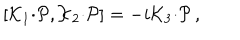
LaTeX: [ { \cal K } _ { 1 } { \cdot { \cal P } } , { \cal K } _ { 2 } { \cdot { \cal P } } ] = - i { \cal K } _ { 3 } { \cdot { \cal P } } \, ,